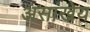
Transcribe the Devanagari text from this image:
असांखेय